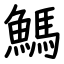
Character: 鰢